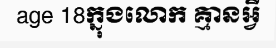
age 18ក្នុងលោក គ្មានអ្វី